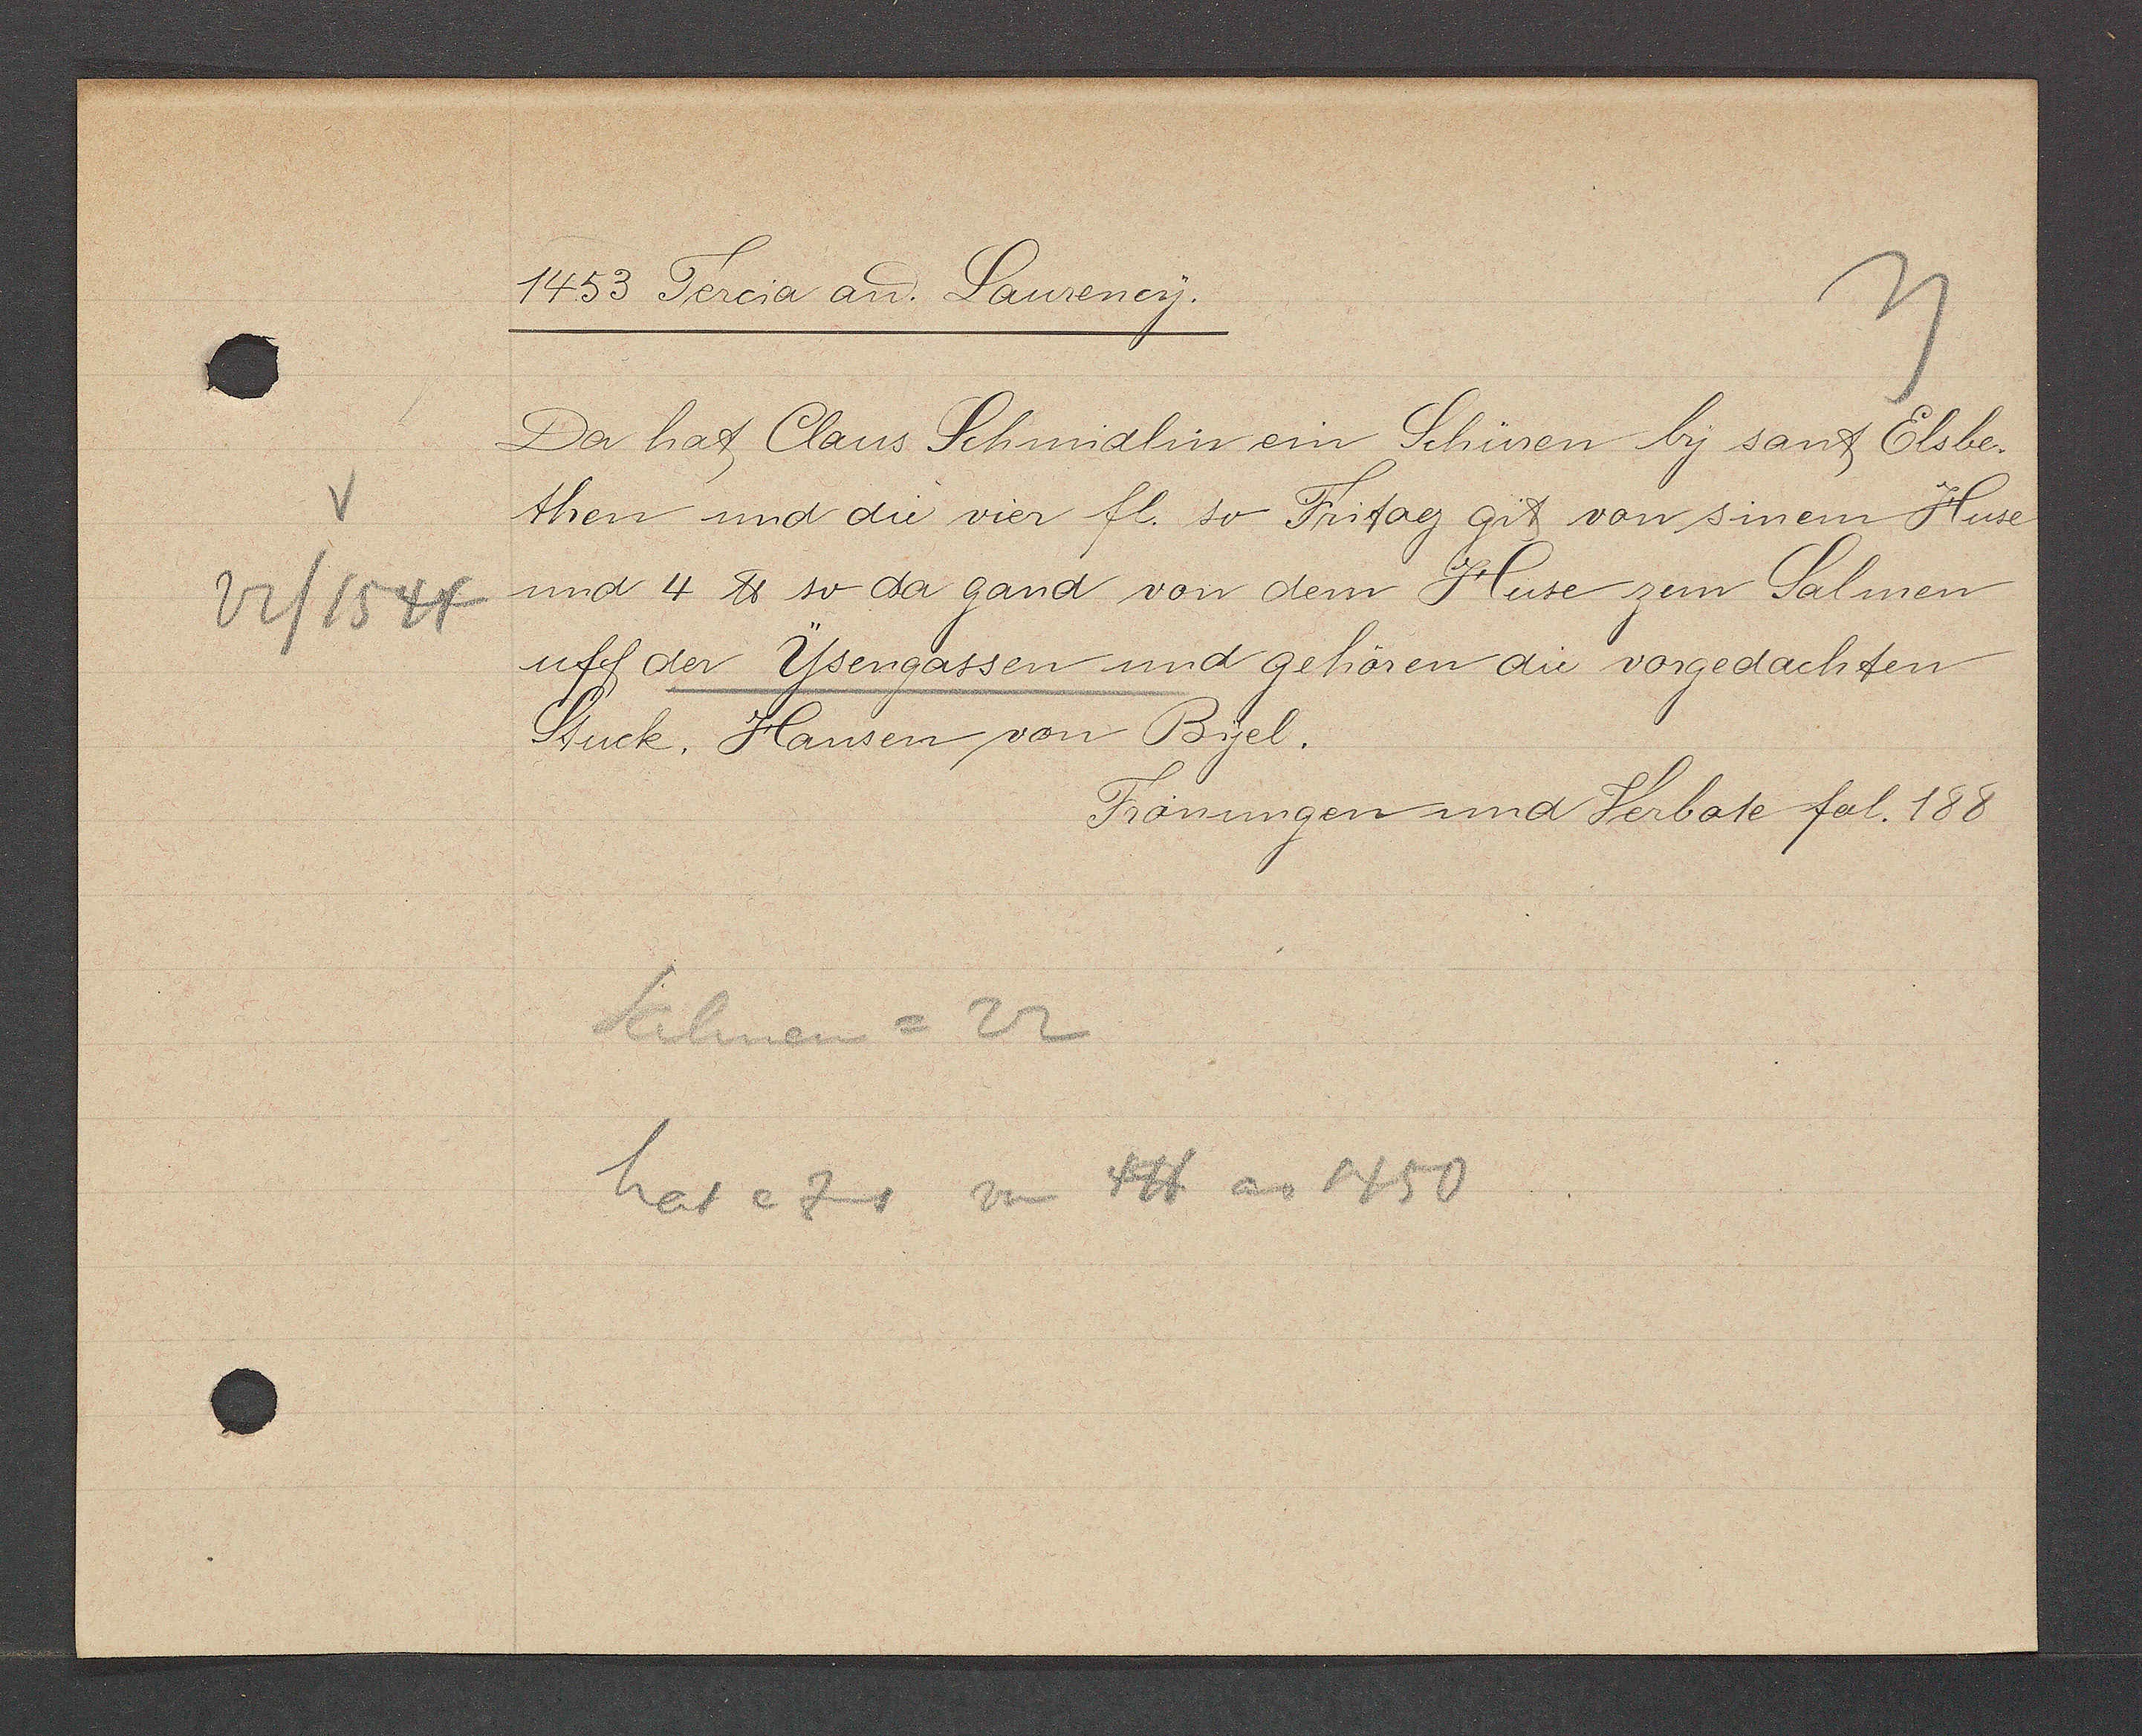
Transcript:
1453 Tercia aȵ Laurency.
Da hat Claus Schmidlin ein Schüren by sant Elsbe-
then und die vier fl. so Fritag git von sinem Huse
und 4 ℔ so da gand von dem Huse zem Salmen
22/1544
uff der Ysengassen und gehören die vorgedachten
Stuck. Hansen von Byel.
Fronungen und Verbote fol. 188
Salmen = 22
hat e zins von 4℔ ao 1450